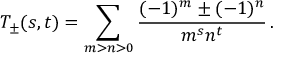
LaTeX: T _ { \pm } ( s , t ) = \sum _ { m > n > 0 } \frac { ( - 1 ) ^ { m } \pm ( - 1 ) ^ { n } } { m ^ { s } n ^ { t } } \, .